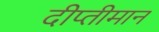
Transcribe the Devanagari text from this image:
दीप्तीमान